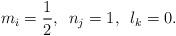
LaTeX: \begin{align*}m_i = \frac{1}{2}, \,\,\,n_j = 1,\,\,\, l_k = 0. \end{align*}